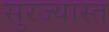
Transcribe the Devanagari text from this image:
सुरज्यास्त